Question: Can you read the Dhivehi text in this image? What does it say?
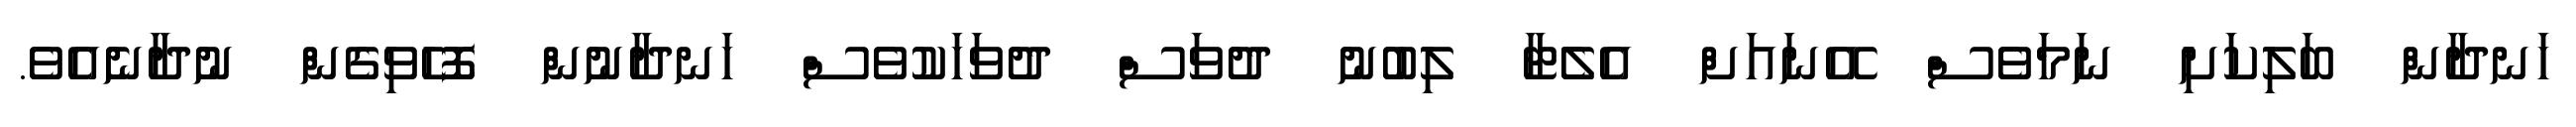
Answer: ހަނދާން ބަލިކަށި ނަމަވެސް އޭނައަށް އެލެޓާ ލިބުނު ދުވަސް ދުވަހަކުވެސް ހަނދާނުން ފޮހެވިގެން ނުދާނެއެވެ.